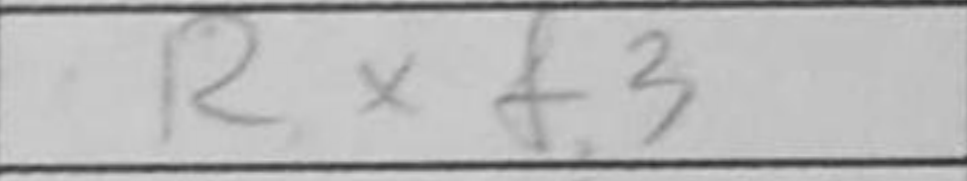
Transcription: Rxf3